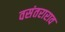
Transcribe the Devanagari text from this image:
वसंतराराव